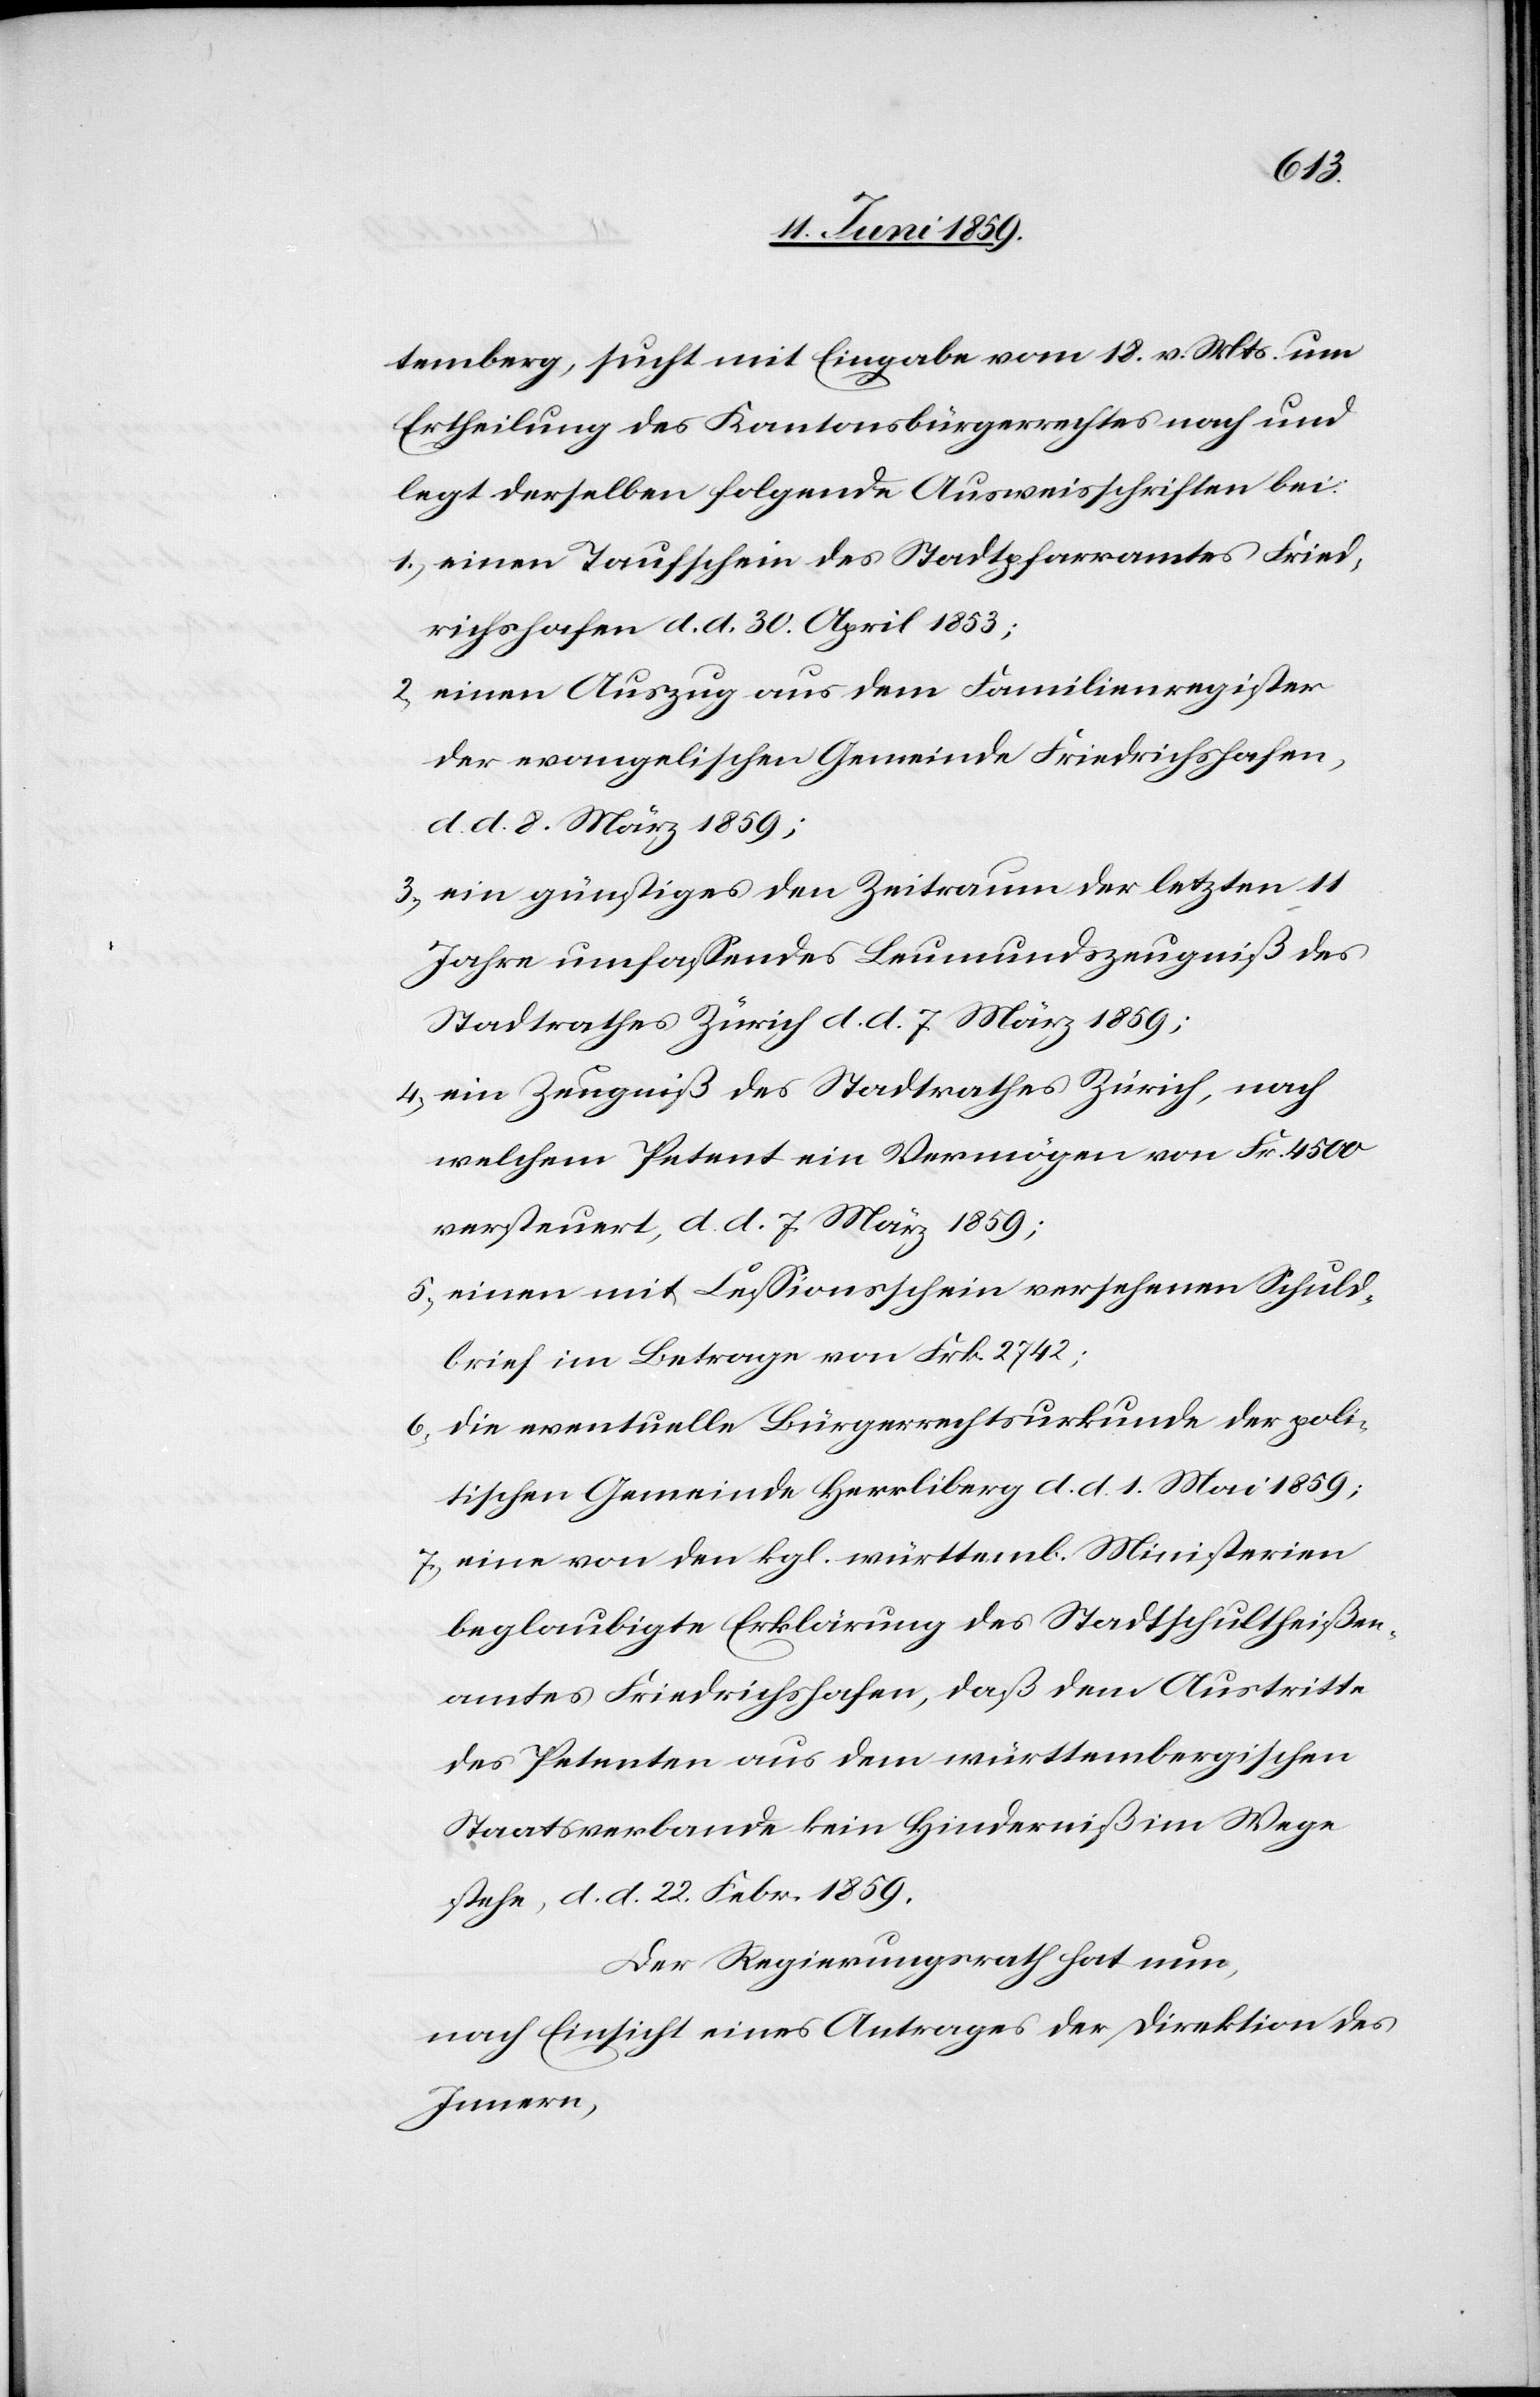
temberg, sucht mit Eingabe vom 18. v. Mts. um
Ertheilung des Kantonsbürgerrechtes nach und
legt derselben folgende Ausweisschriften bei:
1) einen Taufschein des Stadtpfarramtes Fried¬
richshafen d. d. 30. April 1853;
2) einen Auszug aus dem Familienregister
der evangelischen Gemeinde Friedrichshafen,
d. d. 8. März 1859;
3) ein günstiges den Zeitraum der letzten 11
Jahre umfassendes Leumundszeugniß des
Stadtrathes Zürich d. d. 7. März 1859;
4) ein Zeugniß des Stadtrathes Zürich, nach
welchem Petent ein Vermögen von Fr. 4500
versteuert, d. d. 7. März 1859;
5) einen mit Cessionsschein versehenen Schuld¬
brief im Betrage von Frk. 2742;
6) die eventuelle Bürgerrechtsurkunde der poli¬
tischen Gemeinde Herrliberg d. d. 1. Mai 1859;
7) eine von den kgl. württemb. Ministerien
beglaubigte Erklärung des Stadtschultheißen¬
amtes Friedrichshafen, daß dem Austritte
des Petenten aus dem württembergischen
Staatsverbande kein Hinderniß im Wege
stehe, d. d. 22. Febr. 1859.
Der Regierungsrath hat nun,
nach Einsicht eines Antrages der Direktion des
Innern,